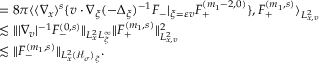
\begin{array} { r l } & { = 8 \pi \langle \langle \nabla _ { x } \rangle ^ { s } \{ v \cdot \nabla _ { \xi } ( - \Delta _ { \xi } ) ^ { - 1 } F _ { - } | _ { \xi = \varepsilon v } F _ { + } ^ { ( m _ { 1 } - 2 , 0 ) } \} , F _ { + } ^ { ( m _ { 1 } , s ) } \rangle _ { L _ { x , v } ^ { 2 } } } \\ & { \lesssim \| | \nabla _ { v } | ^ { - 1 } F _ { - } ^ { ( 0 , s ) } \| _ { L _ { x } ^ { 2 } L _ { \xi } ^ { \infty } } \| F _ { + } ^ { ( m _ { 1 } , s ) } \| _ { L _ { x , v } ^ { 2 } } ^ { 2 } } \\ & { \lesssim \| F _ { - } ^ { ( m _ { 1 } , s ) } \| _ { L _ { x } ^ { 2 } ( \mathcal H _ { \sigma } ) _ { \xi } } . } \end{array}